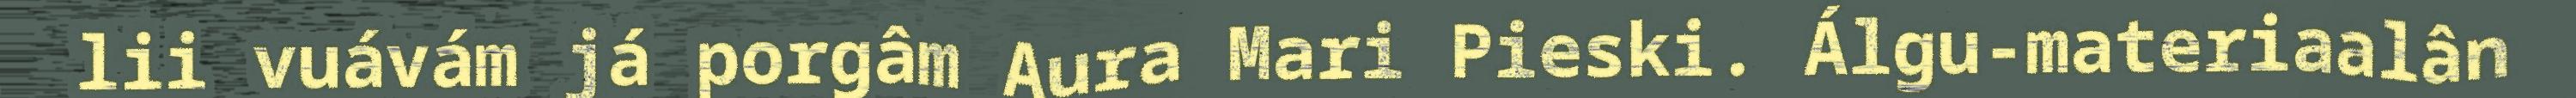
lii vuávám já porgâm Aura Mari Pieski. Álgu-materiaalân